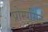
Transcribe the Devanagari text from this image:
प्रोम्पसिट